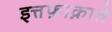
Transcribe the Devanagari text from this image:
इत्तफ़ाक़ाते